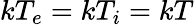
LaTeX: kT_{e}=kT_{i}=kT